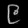
Digit: ၉